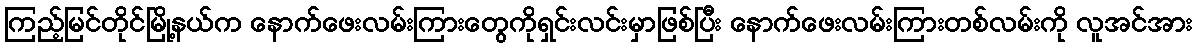
ကြည့်မြင်တိုင်မြို့နယ်က နောက်ဖေးလမ်းကြားတွေကိုရှင်းလင်းမှာဖြစ်ပြီး နောက်ဖေးလမ်းကြားတစ်လမ်းကို လူအင်အား